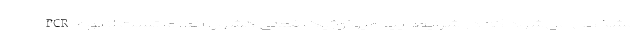
مشخص می‌شود که در شرایط اپیدمیولوژیک فعلی کشور، انجام تست انبوه PCR